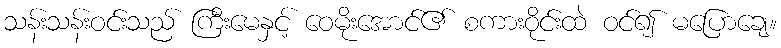
သန်းသန်းဝင်းသည် ကြီးမေနှင့် ဝေမိုးအောင်၏ စကားဝိုင်းထဲ ဝင်၍ မပြောချေ။